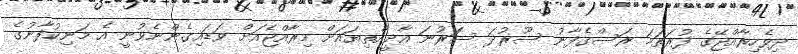
ދިވެހިރާއްޖޭގެ ފުރަތަމަ ރަސްގެފާނު ސޫރުދަ ސަަރުނަ އާދީއްތިޔައަށް މިރާއްޖެއަށް ވަޑައިގެންނެވުނީ އެ މަނިކުފާނުގެ